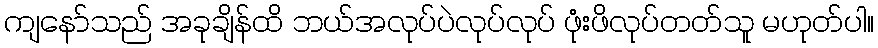
ကျနော်သည် အခုချိန်ထိ ဘယ်အလုပ်ပဲလုပ်လုပ် ဖုံးဖိလုပ်တတ်သူ မဟုတ်ပါ။